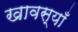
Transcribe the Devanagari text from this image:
खावस्याँ